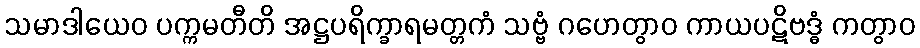
သမာဒါယေဝ ပက္ကမတီတိ အဋ္ဌပရိက္ခာရမတ္တကံ သဗ္ဗံ ဂဟေတွာဝ ကာယပဋိဗဒ္ဓံ ကတွာဝ